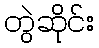
တွဲဆိုင်း